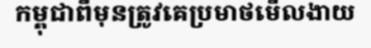
កម្ពុជាពីមុនត្រូវគេប្រមាថមើលងាយ